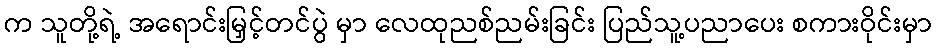
က သူတို့ရဲ့ အရောင်းမြှင့်တင်ပွဲ မှာ လေထုညစ်ညမ်းခြင်း ပြည်သူ့ပညာပေး စကားဝိုင်းမှာ